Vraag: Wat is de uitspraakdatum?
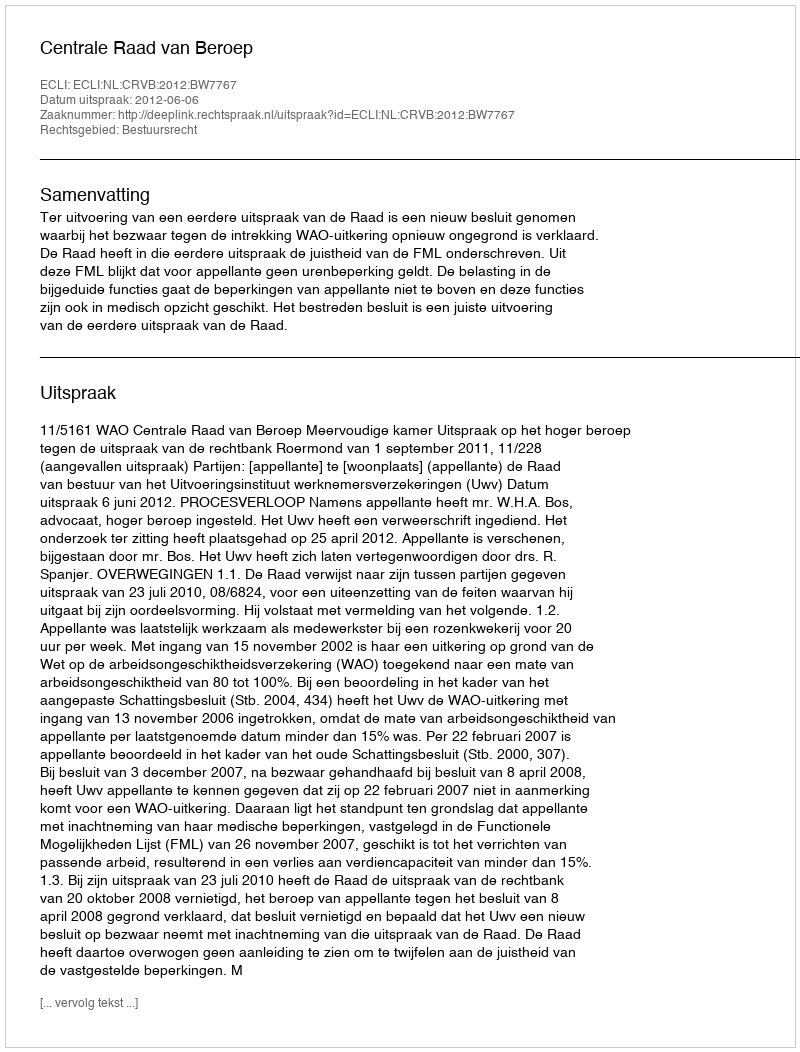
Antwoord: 2012-06-06